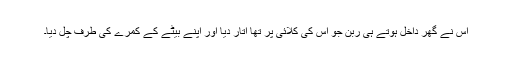
اس نے گھر داخل ہوتے ہی ربن جو اس کی کلائی پر تھا اُتار دیا اور اپنے بیٹے کے کمرے کی طرف چل دیا۔